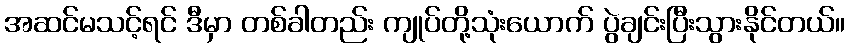
အဆင်မသင့်ရင် ဒီမှာ တစ်ခါတည်း ကျုပ်တို့သုံးယောက် ပွဲချင်းပြီးသွားနိုင်တယ်။